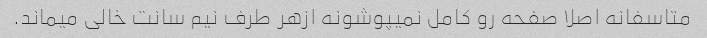
متاسفانه اصلا صفحه رو کامل نمیپوشونه ازهر طرف نیم سانت خالی میماند.